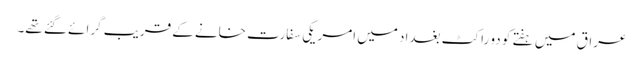
عراق میں ہفتے کو دو راکٹ بغداد میں امریکی سفارت خانے کے قریب گرائے گئے تھے۔